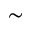
\sim